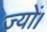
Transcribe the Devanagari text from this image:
ज्‍यों।